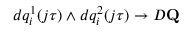
d q _ { i } ^ { 1 } ( j \tau ) \wedge d q _ { i } ^ { 2 } ( j \tau ) \to { \cal D } \mathbf { Q }